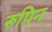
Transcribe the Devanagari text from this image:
रूपिन